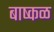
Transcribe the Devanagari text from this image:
बाष्कळ